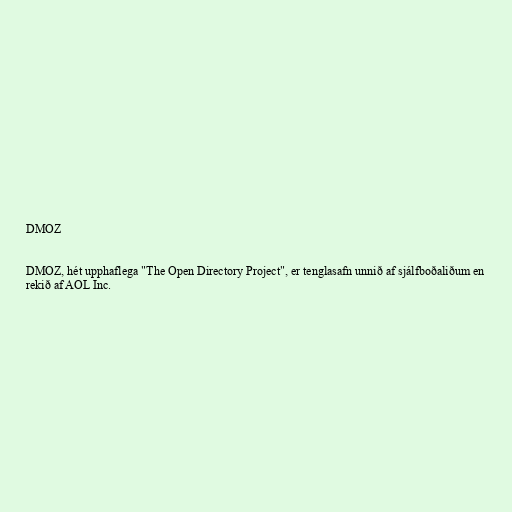
DMOZ

DMOZ, hét upphaflega "The Open Directory Project", er tenglasafn unnið af sjálfboðaliðum en
rekið af AOL Inc.